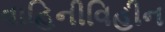
વાહિનીવિહીન